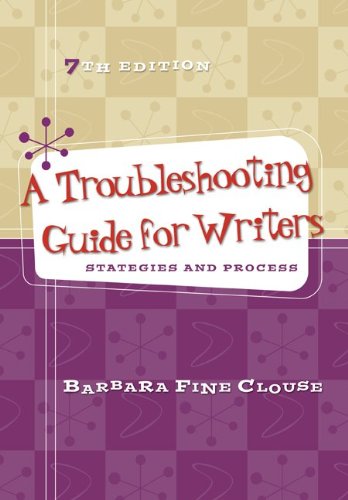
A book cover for A Troubleshooting Guide for Writers: Strategies and Process; Barbara Fine Clouse; Business & Money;